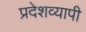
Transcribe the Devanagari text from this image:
प्रदेशव्यापी